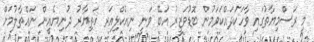
މި ރަސްމިޔާތުގައި ވާހަކަދައްކަވަމުން ބޮޑުވަޒީރު އަބޭ ވަނީ ނިއުކްލިއަރ ހަތިޔާރު ދުނިޔެއިން ނައްތާލުމަށް